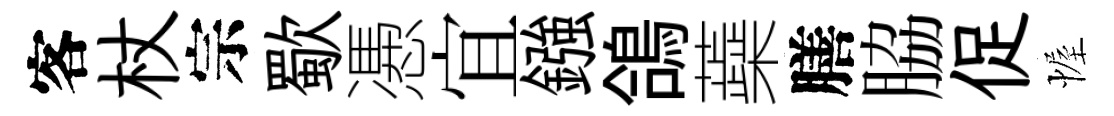
客杖宗歜慿宜鏹鴿蘃膳脇促幄